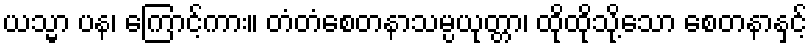
ယသ္မာ ပန၊ ကြောင့်ကား။ တံတံစေတနာသမ္ပယုတ္တာ၊ ထိုထိုသို့သော စေတနာနှင့်